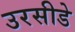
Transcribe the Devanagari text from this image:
उरसीडे